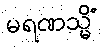
မရဏသ္မိံ